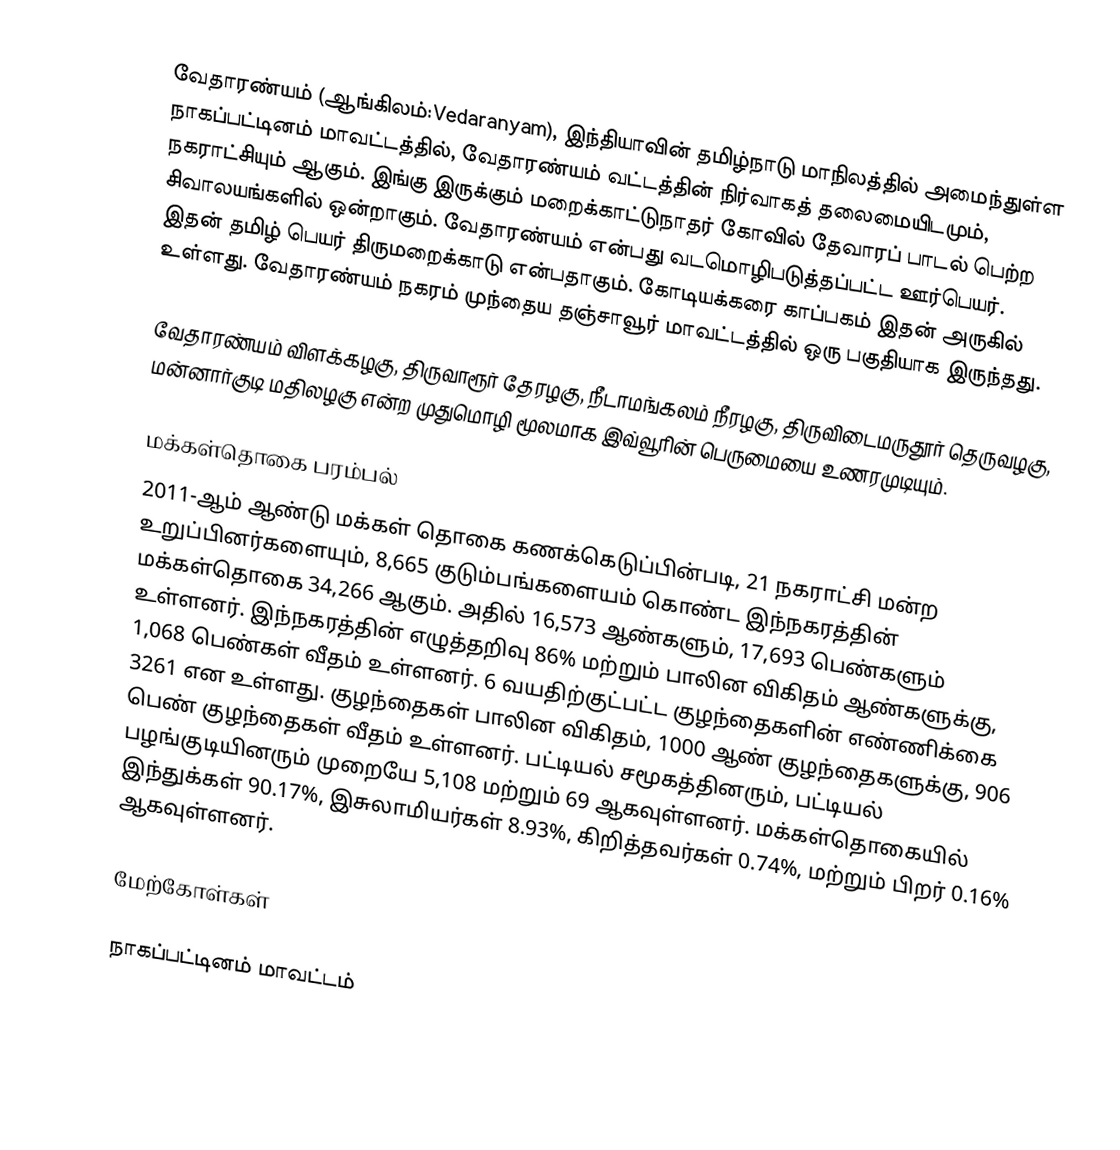
வேதாரண்யம் (ஆங்கிலம்:Vedaranyam), இந்தியாவின் தமிழ்நாடு மாநிலத்தில் அமைந்துள்ள நாகப்பட்டினம் மாவட்டத்தில், வேதாரண்யம் வட்டத்தின் நிர்வாகத் தலைமையிடமும், நகராட்சியும் ஆகும். இங்கு இருக்கும் மறைக்காட்டுநாதர் கோவில் தேவாரப் பாடல் பெற்ற சிவாலயங்களில் ஒன்றாகும். வேதாரண்யம் என்பது வடமொழிபடுத்தப்பட்ட ஊர்பெயர். இதன் தமிழ் பெயர் திருமறைக்காடு என்பதாகும். கோடியக்கரை காப்பகம் இதன் அருகில் உள்ளது. வேதாரண்யம் நகரம் முந்தைய தஞ்சாவூர் மாவட்டத்தில்  ஒரு பகுதியாக இருந்தது.

வேதாரண்யம் விளக்கழகு, திருவாரூர் தேரழகு, நீடாமங்கலம் நீரழகு, திருவிடைமருதூர் தெருவழகு, மன்னார்குடி மதிலழகு என்ற முதுமொழி மூலமாக இவ்வூரின் பெருமையை உணரமுடியும்.

மக்கள்தொகை பரம்பல்
2011-ஆம் ஆண்டு மக்கள் தொகை கணக்கெடுப்பின்படி, 21 நகராட்சி மன்ற உறுப்பினர்களையும், 8,665 குடும்பங்களையம் கொண்ட இந்நகரத்தின் மக்கள்தொகை 34,266 ஆகும். அதில் 16,573 ஆண்களும், 17,693 பெண்களும் உள்ளனர். இந்நகரத்தின் எழுத்தறிவு 86% மற்றும் பாலின விகிதம் ஆண்களுக்கு, 1,068 பெண்கள் வீதம் உள்ளனர். 6 வயதிற்குட்பட்ட குழந்தைகளின் எண்ணிக்கை 3261 என உள்ளது. குழந்தைகள் பாலின விகிதம், 1000 ஆண் குழந்தைகளுக்கு, 906 பெண் குழந்தைகள் வீதம் உள்ளனர். பட்டியல் சமூகத்தினரும், பட்டியல் பழங்குடியினரும் முறையே 5,108 மற்றும் 69 ஆகவுள்ளனர். மக்கள்தொகையில் இந்துக்கள் 90.17%, இசுலாமியர்கள்  8.93%, கிறித்தவர்கள் 0.74%, மற்றும்  பிறர் 0.16% ஆகவுள்ளனர்.

மேற்கோள்கள்

நாகப்பட்டினம் மாவட்டம்